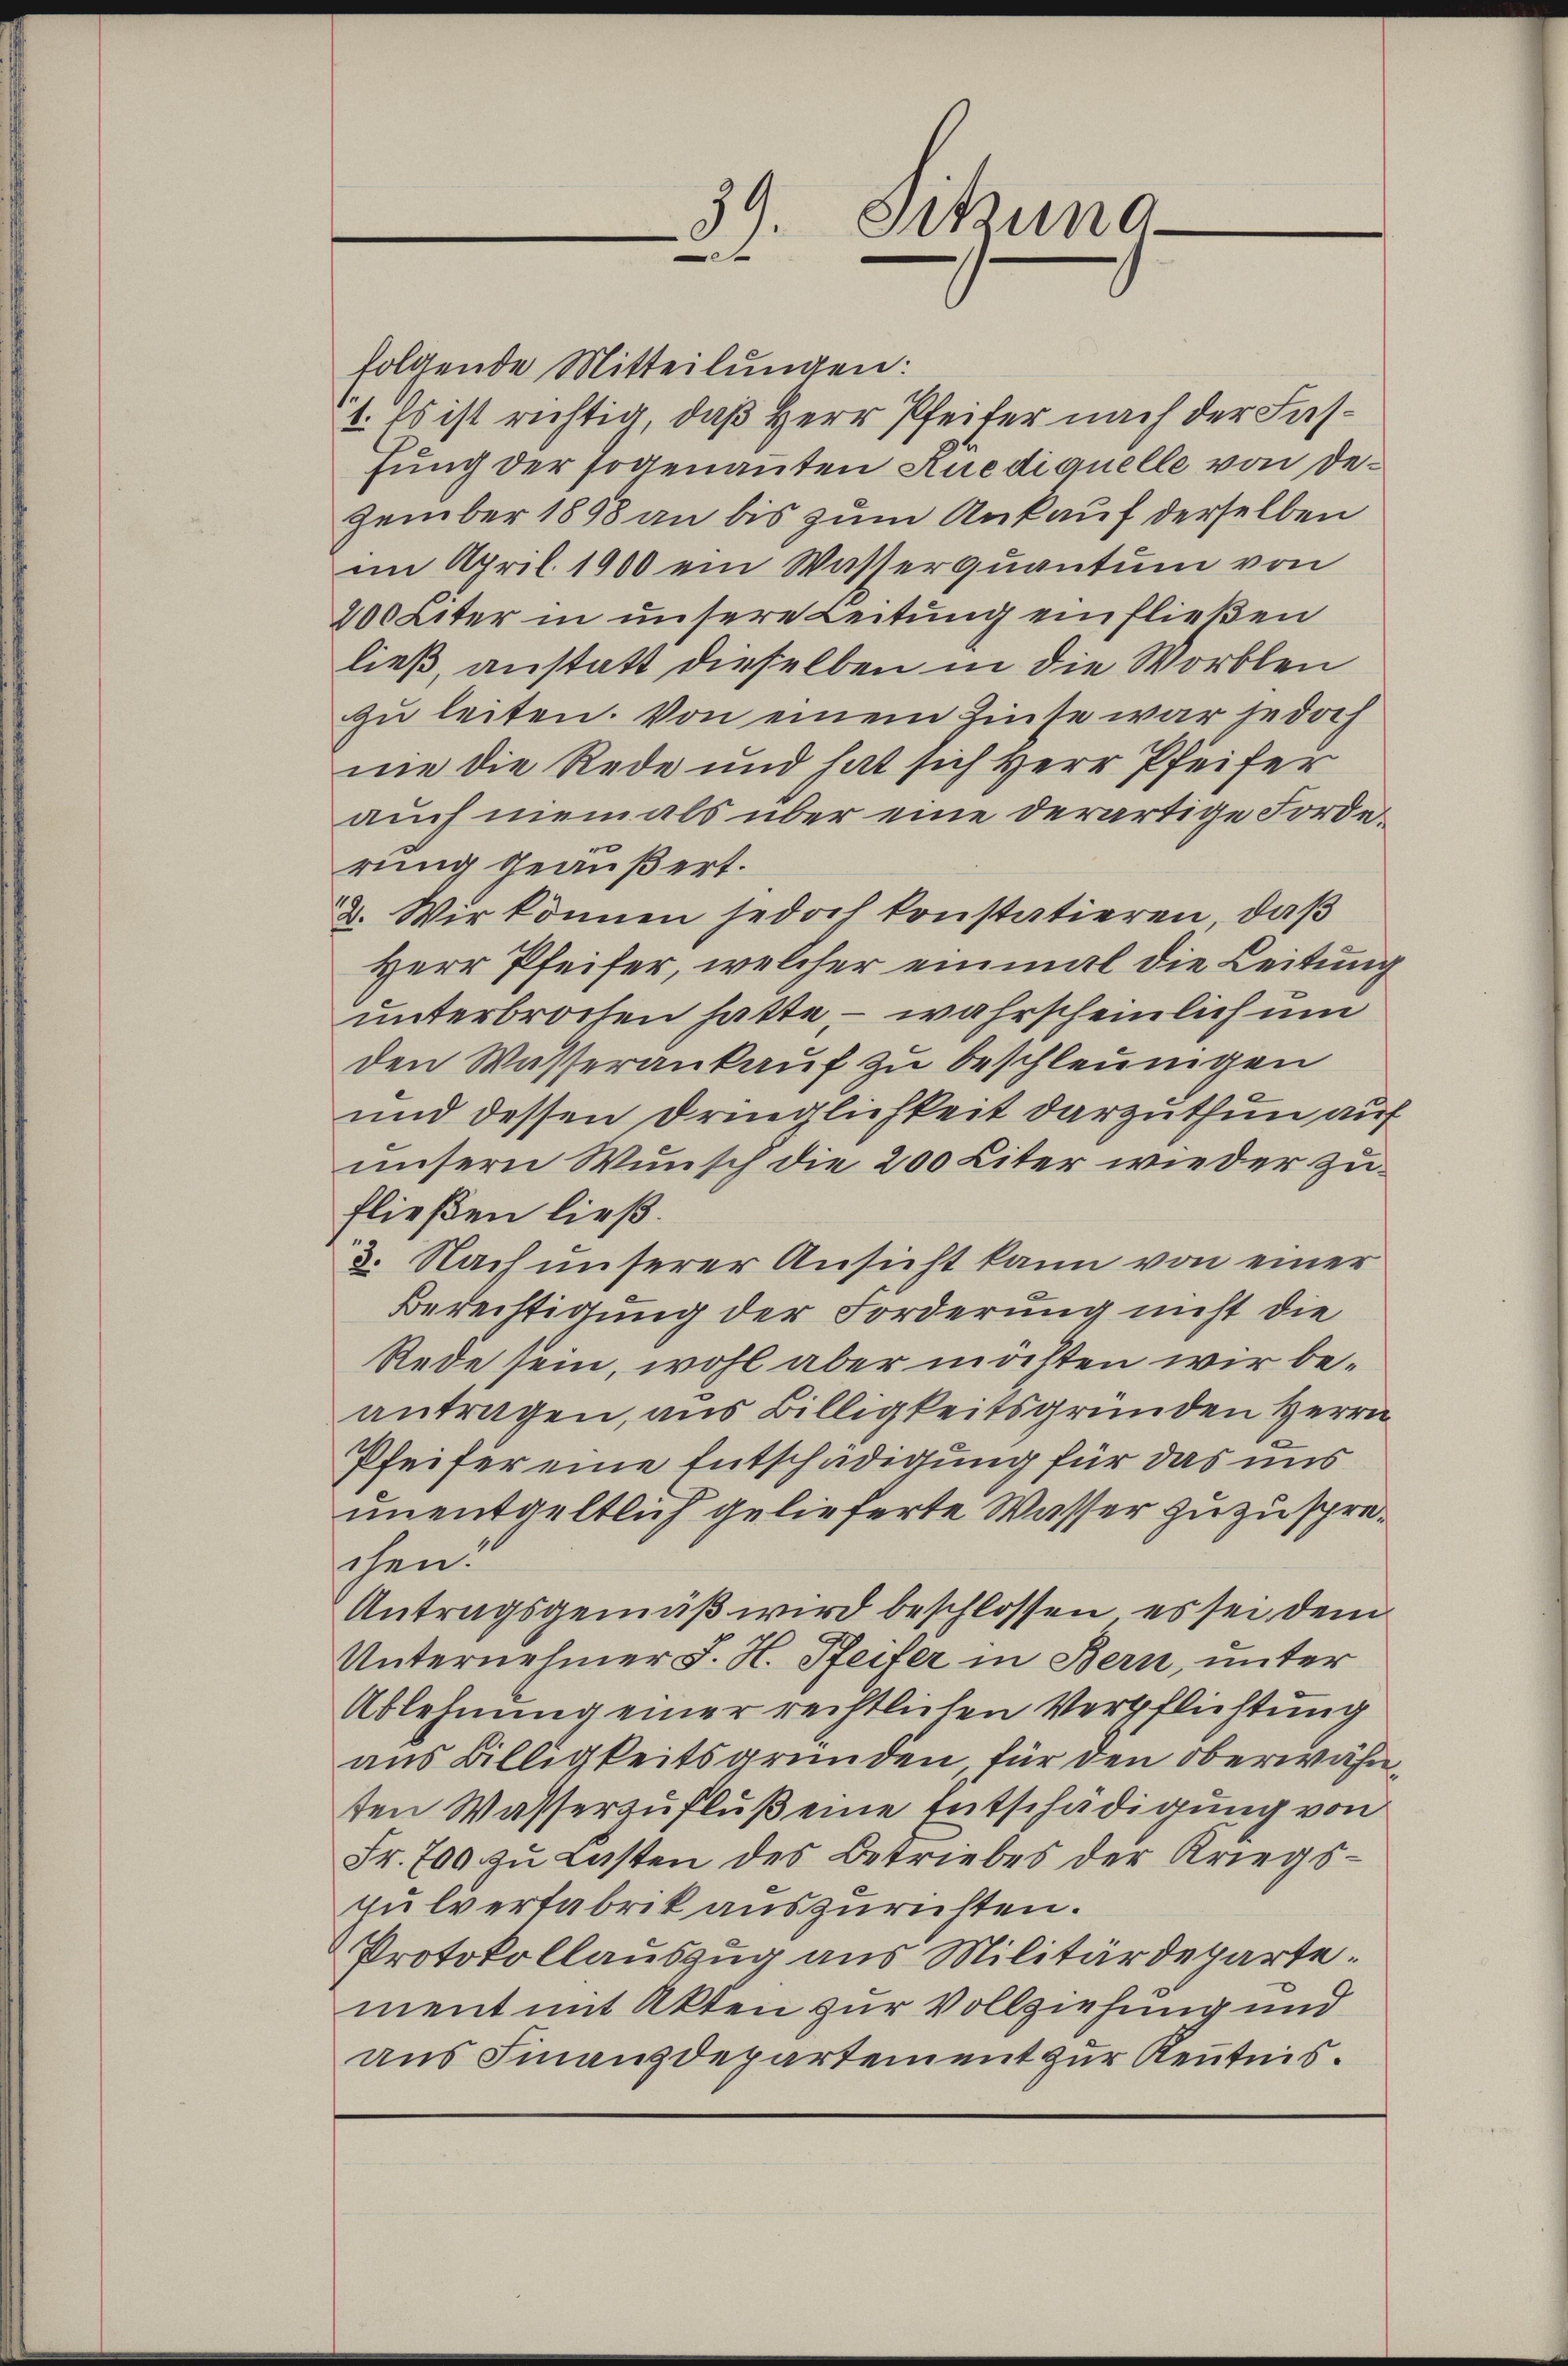
folgende Mitteilungen:
1. Es ist richtig, daß Herr Pfeifer nach der Fasfung der sogenannten Auediquelle von Dezember 1898 an bis zum Ankauf derselben
im April 1900 ein Wasserquantum von
200 Liter in unsere Leitung einfließen
ließ, anstatt dieselben in die Worblen
zu leiten. Von einem Zinse war jedoch
ne die Rede und hat sich Herr Pfeifer
auch niemals über eine derartige Forderung geäußert.
2. Wir können jedoch konstatieren, daß
Herr Pfeifer, welcher einmal die Leitung
unterbrochen hatte, – wahrscheinlich um
den Wasserankauf zu beschleunigen
und dessen Dringlichkeit darzuthun auf
unsern Wunsch die 200 Liter wieder zufließen ließ.
3. Nach unserer Ansicht kann von einer
Berechtigung der Forderung nicht die
Rede sein, wohl aber möchten wir beantragen, aus Billigkeitsgründen Herrn
Pfeifer eine Entschädigung für das uns
unentgeltlich gelieferte Wasser zuzuspreschen.
Antragsgemäß wird beschlossen, es sei dem
Unternehmer J. H. Pfeifer in Bern, unter
Ablehnung einer rechtlichen Verpflichtung
aus Billigkeitsgründen, für den oberwähnten Wasserzufluß eine Entschädigung von
Fr. 700 zu Lasten des Betriebes der Kriegspulverfabrik auszurichten.
Protokollauszug aus Militärdeparte.
ment mit Akten zur Vollziehung und
aus Finanzdepartement zur Kenntnis.

Sitzung
d